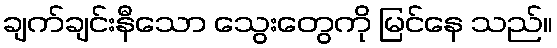
ချက်ချင်းနီသော သွေးတွေကို မြင်နေ သည်။